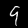
Label: 9